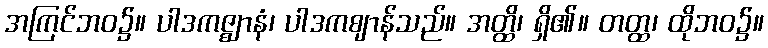
အကြင်ဘဝ၌။ ပါဒကဇ္ဈာနံ၊ ပါဒကဈာန်သည်။ အတ္ထိ၊ ရှိ၏။ တတ္ထ၊ ထိုဘဝ၌။